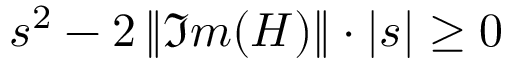
s ^ { 2 } - 2 \, \| \Im m ( H ) \| \cdot | s | \geq 0